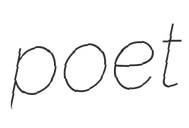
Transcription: poet